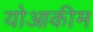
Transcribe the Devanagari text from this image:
योआकीम